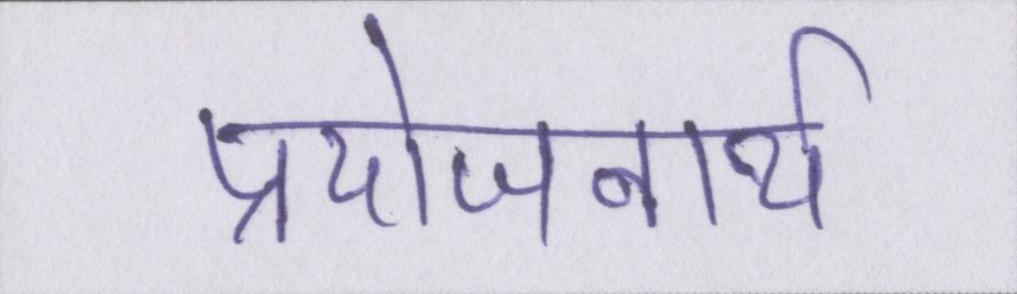
प्रयोजनार्थ